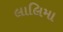
લાલિમા